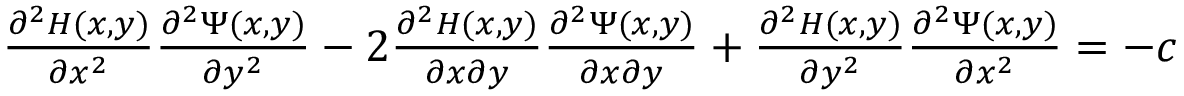
\begin{array} { r } { \frac { \partial ^ { 2 } H ( x , y ) } { \partial x ^ { 2 } } \frac { \partial ^ { 2 } \Psi ( x , y ) } { \partial y ^ { 2 } } - 2 \frac { \partial ^ { 2 } H ( x , y ) } { \partial x \partial y } \frac { \partial ^ { 2 } \Psi ( x , y ) } { \partial x \partial y } + \frac { \partial ^ { 2 } H ( x , y ) } { \partial y ^ { 2 } } \frac { \partial ^ { 2 } \Psi ( x , y ) } { \partial x ^ { 2 } } = - c } \end{array}